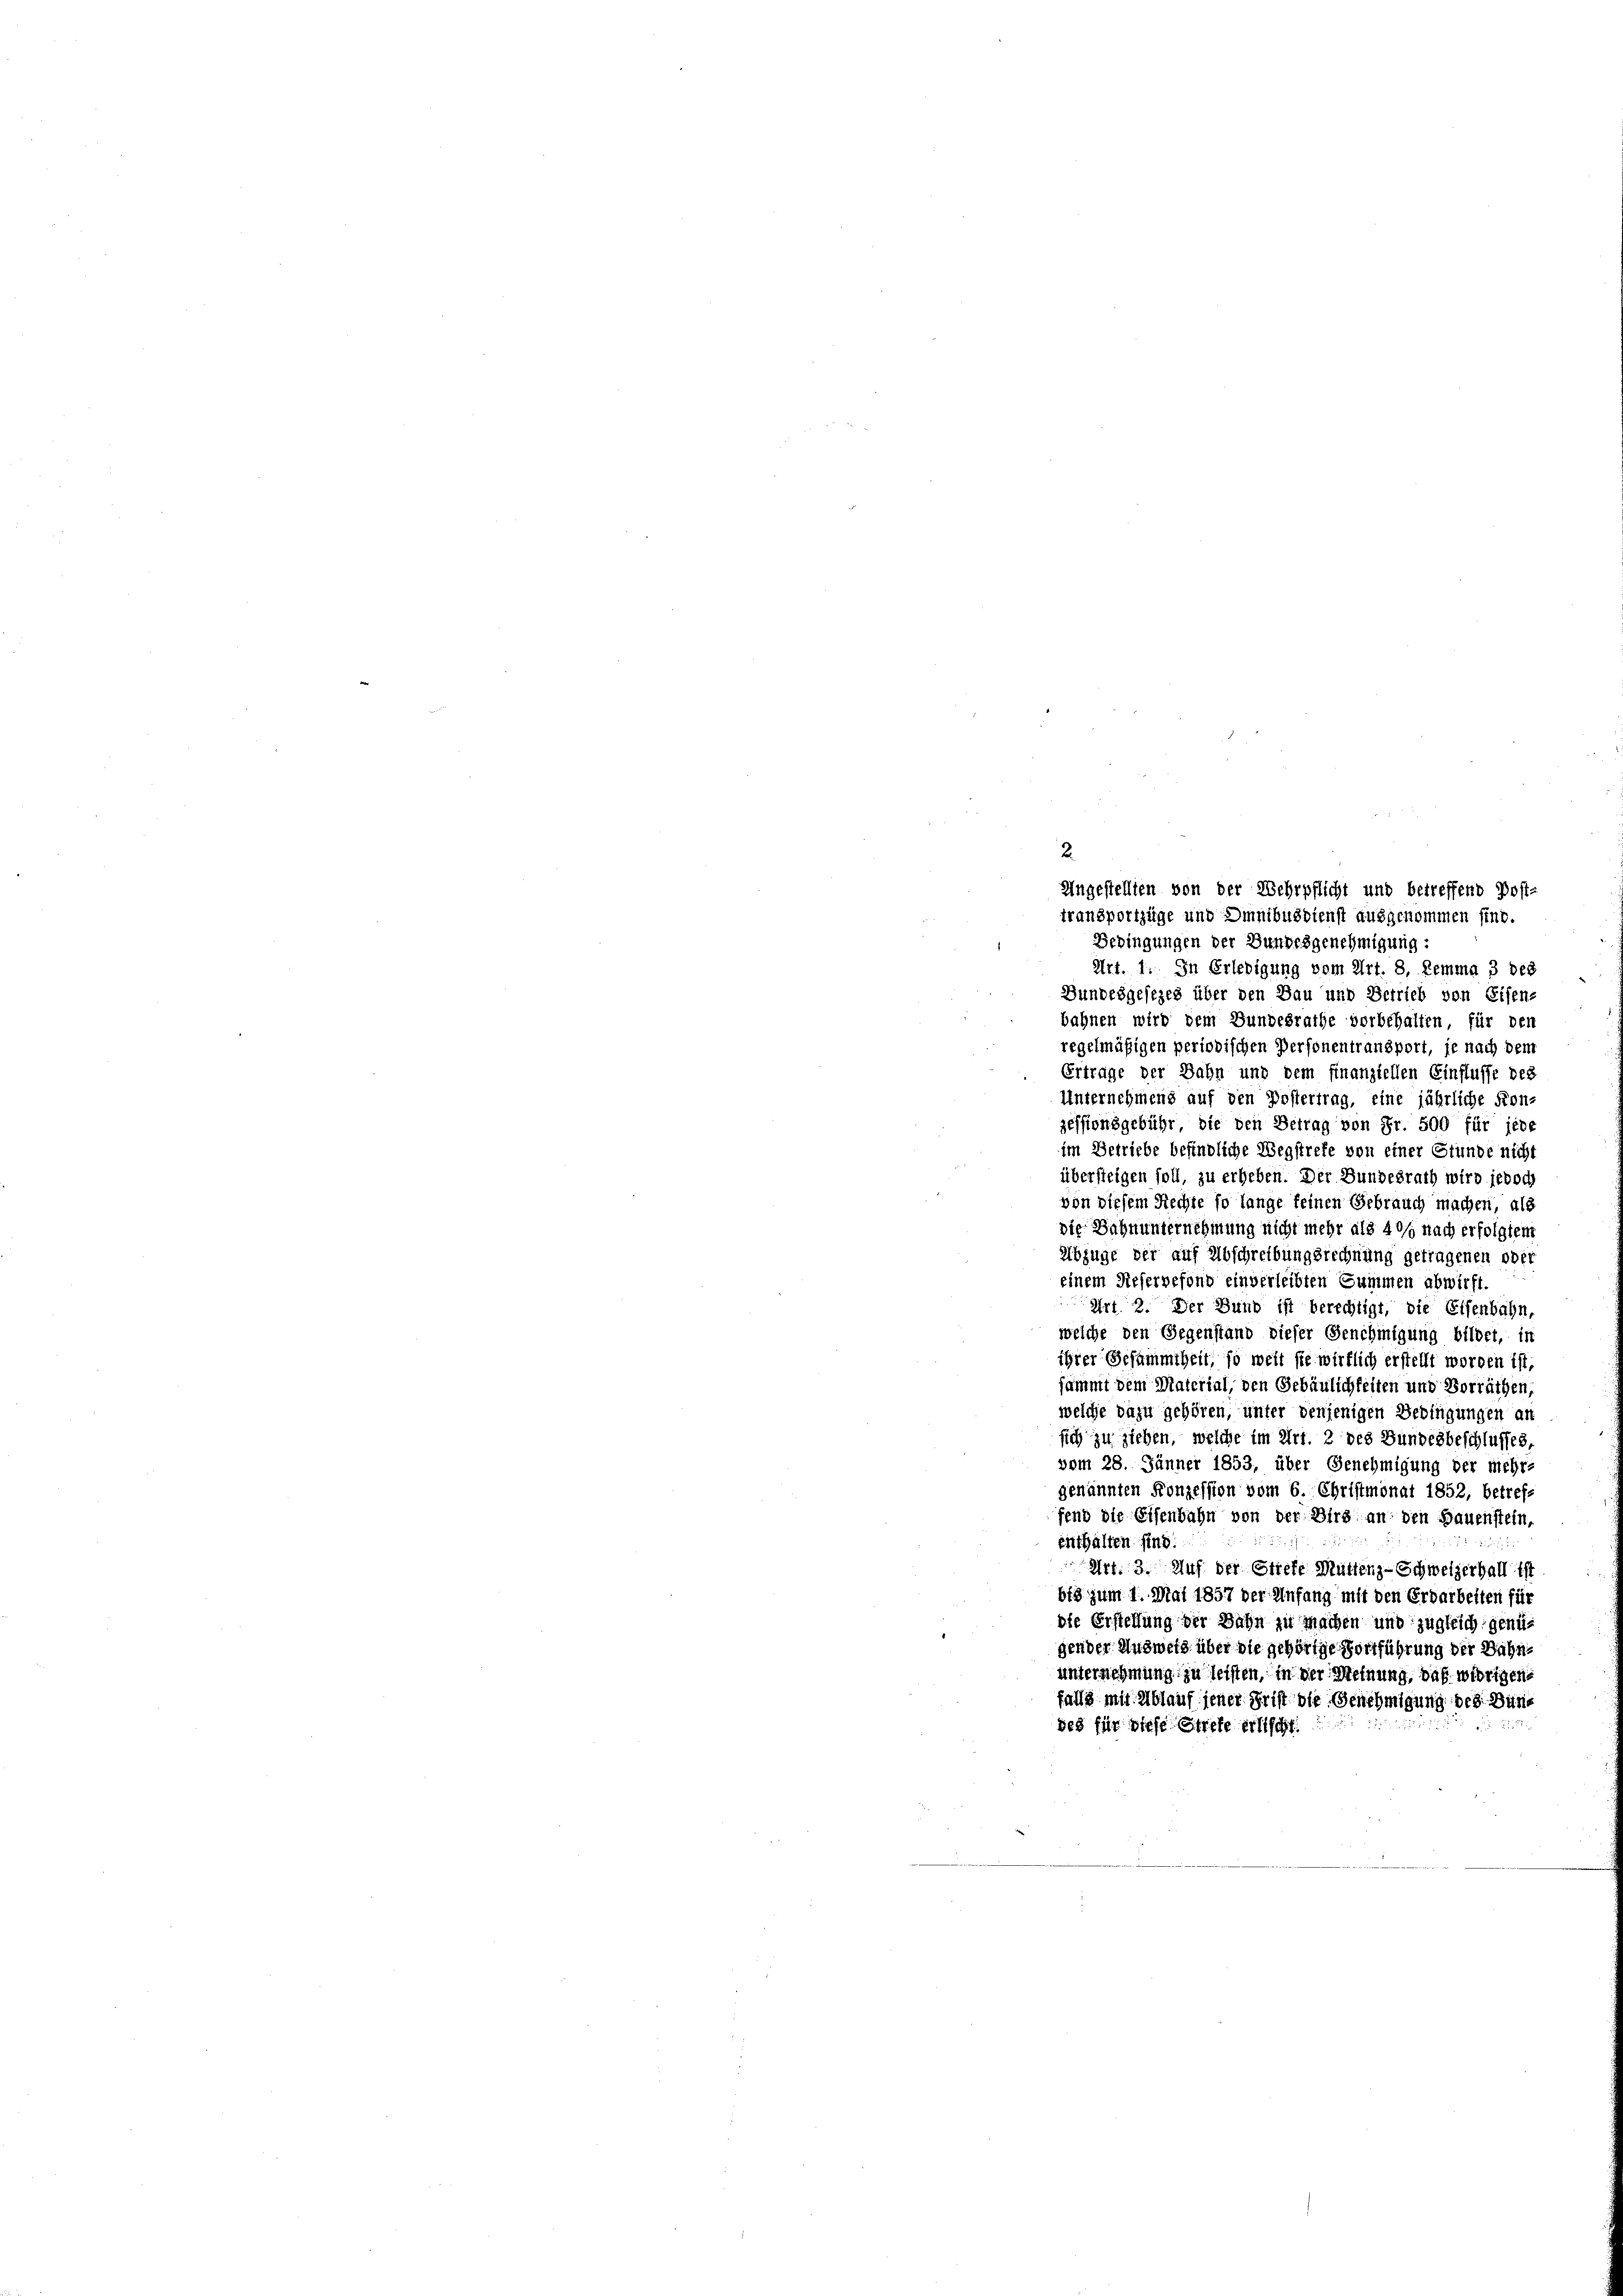
Ungestellien von der Wehrpflicht und betreffend Post-
transportzüge und Omnibusdienst ausgenommen sind.
Geringungen der Bundesgenehmigung:
Art. 1. In Erledigung vom Art. 8, Lemma 3 des
Bundesgesezes über den Bau und Betrieb von Eisen-
bahnen wird dem Bundesrathe vorbehalten, für den
regelmäßigen periodischen Personentransport, je nach dem
Erträge der Bahn und dem finanziellen Einflusse des
Unternehmens auf den Postertrag, eine jährliche Kon-
zessionsgebühr, die den Betrag von Fr. 500 für jede
im Betriebe befindliche Wegstrete von einer Stunde nicht
übersteigen soll, zu erheben. Der Bundesrath wird jedoch
von diesem Rechte so lange keinen Gebrauch machen, als
die Bahnunternehmung nicht mehr als 40 nach erfolgtem
Abzüge der auf Abschreibungsrechnung getragenen oder
einem Reservefond einverleibten Summen abwirft.
Urf 2. Der Bund ist berechtigt, die Eisenbahn,
welche den Gegenstand dieser Genehmigung bildet, in
ihrer Gesammtheit, so weit sie wirklich erstellt worden ist
sammt dem Material, den Gebäulichkeiten und Vorräthen,
welche dazu gehören, unter denjenigen Bedingungen an
sich zu ziehen, welche im Art. 2 des Bundesbeschlusses,
vom 28. Jänner 1853, über Genehmigung der michri
genannten Konzession vom 6. Christmonat 1852, betref
fend die Eisenbahn von der Dirs an den Bauenstein,
enthalten sind.
u
Art. 3. Auf der Stiefe Müttenz-Schweizerhall ist
b13 zum 1. Mai 1857 der Anfang mit den Erdarbeiten für
die Erstellung der Bahn zu machen und zugleich genü
gender Ausweis über die gehörige Fortführung der Bahnunternehmung zu leisten, in der Meinung, daß widrigen
falls mit Ablauf jener Frist die Benehmigung des Bundes für diese Stiefe erlischt.